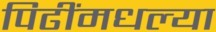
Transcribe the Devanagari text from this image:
पिढींमधल्या